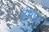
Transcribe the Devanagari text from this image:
ढुंगाल